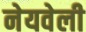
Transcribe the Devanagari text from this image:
नेयवेली